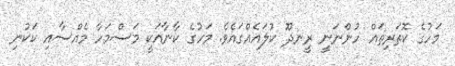
މަހުގެ ކޮތަރިތައް ހުންނަނީ ރީނދޫ ކުލައެއްގައެވެ. މަހުގެ ކާނާއަކީ މަސްމަހާ މެއްސާއި ކަކުނި